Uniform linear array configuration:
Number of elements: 48
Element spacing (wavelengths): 1
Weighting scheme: exponential
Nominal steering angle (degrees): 45
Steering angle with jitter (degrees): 43.653
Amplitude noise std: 0.05
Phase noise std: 0.05

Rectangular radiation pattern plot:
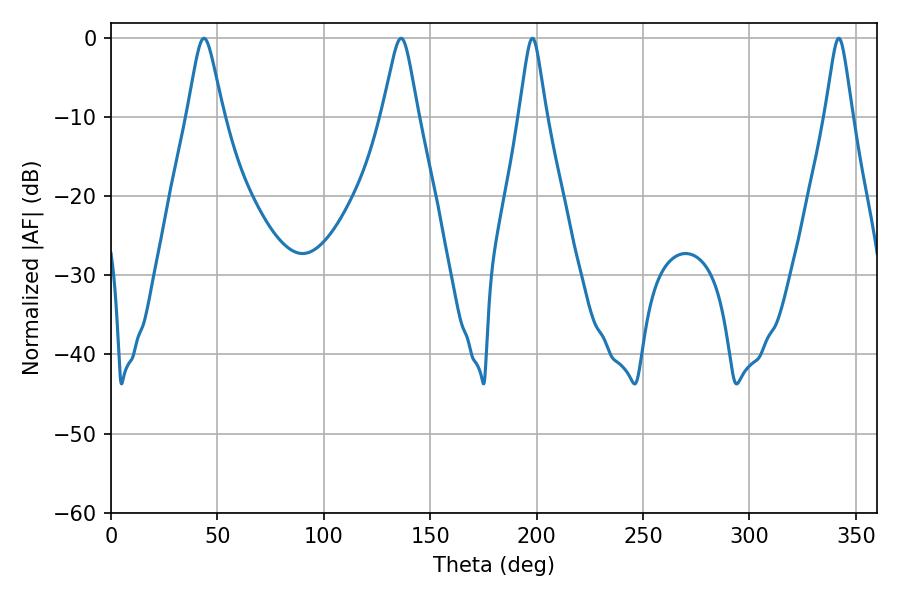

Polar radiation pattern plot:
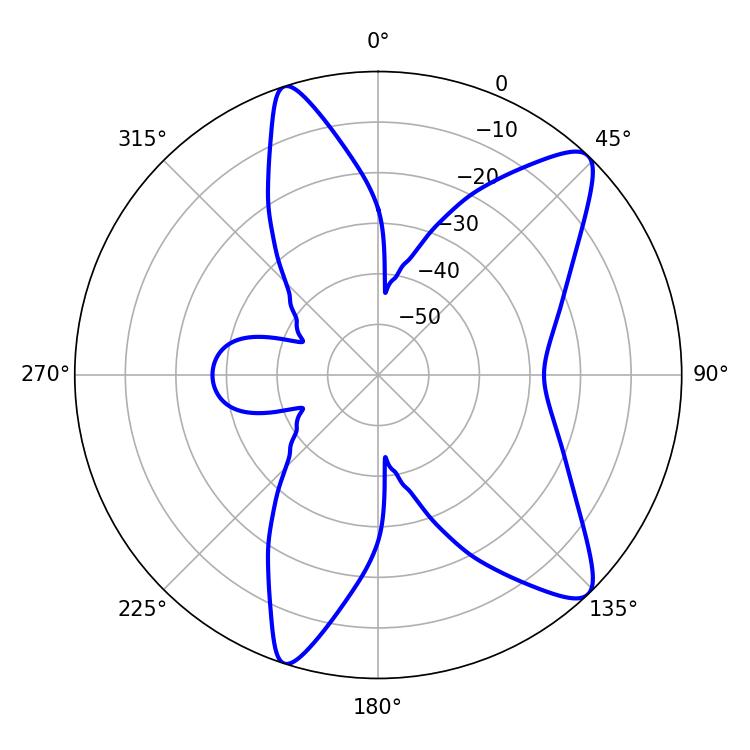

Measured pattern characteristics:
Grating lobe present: TRUE
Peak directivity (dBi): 10.921
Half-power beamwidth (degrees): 5.94
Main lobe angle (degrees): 342